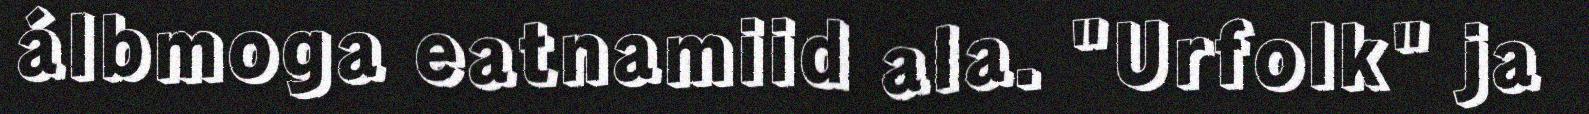
álbmoga eatnamiid ala. "Urfolk" ja